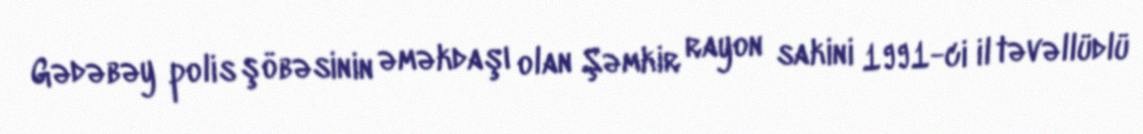
Gədəbəy polis şöbəsinin əməkdaşı olan Şəmkir rayon sakini 1991-ci il təvəllüdlü